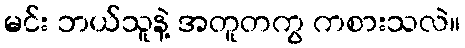
မင်း ဘယ်သူနဲ့ အတူတကွ ကစားသလဲ။